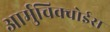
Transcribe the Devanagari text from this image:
आर्मुचिक्वोईस